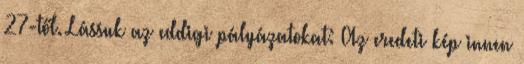
27-től. Lássuk az eddigi pályázatokat: Az eredeti kép innen